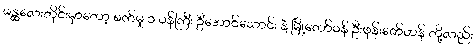
မန္ထလေးတိုင်းမှာတော့ စက်မှု ၁ ဝန်ကြီး ဦအောင်သောင်း နဲ့ မြို့တော်ဝန် ဦးဖုန်းဇော်ဟန် တို့လည်း